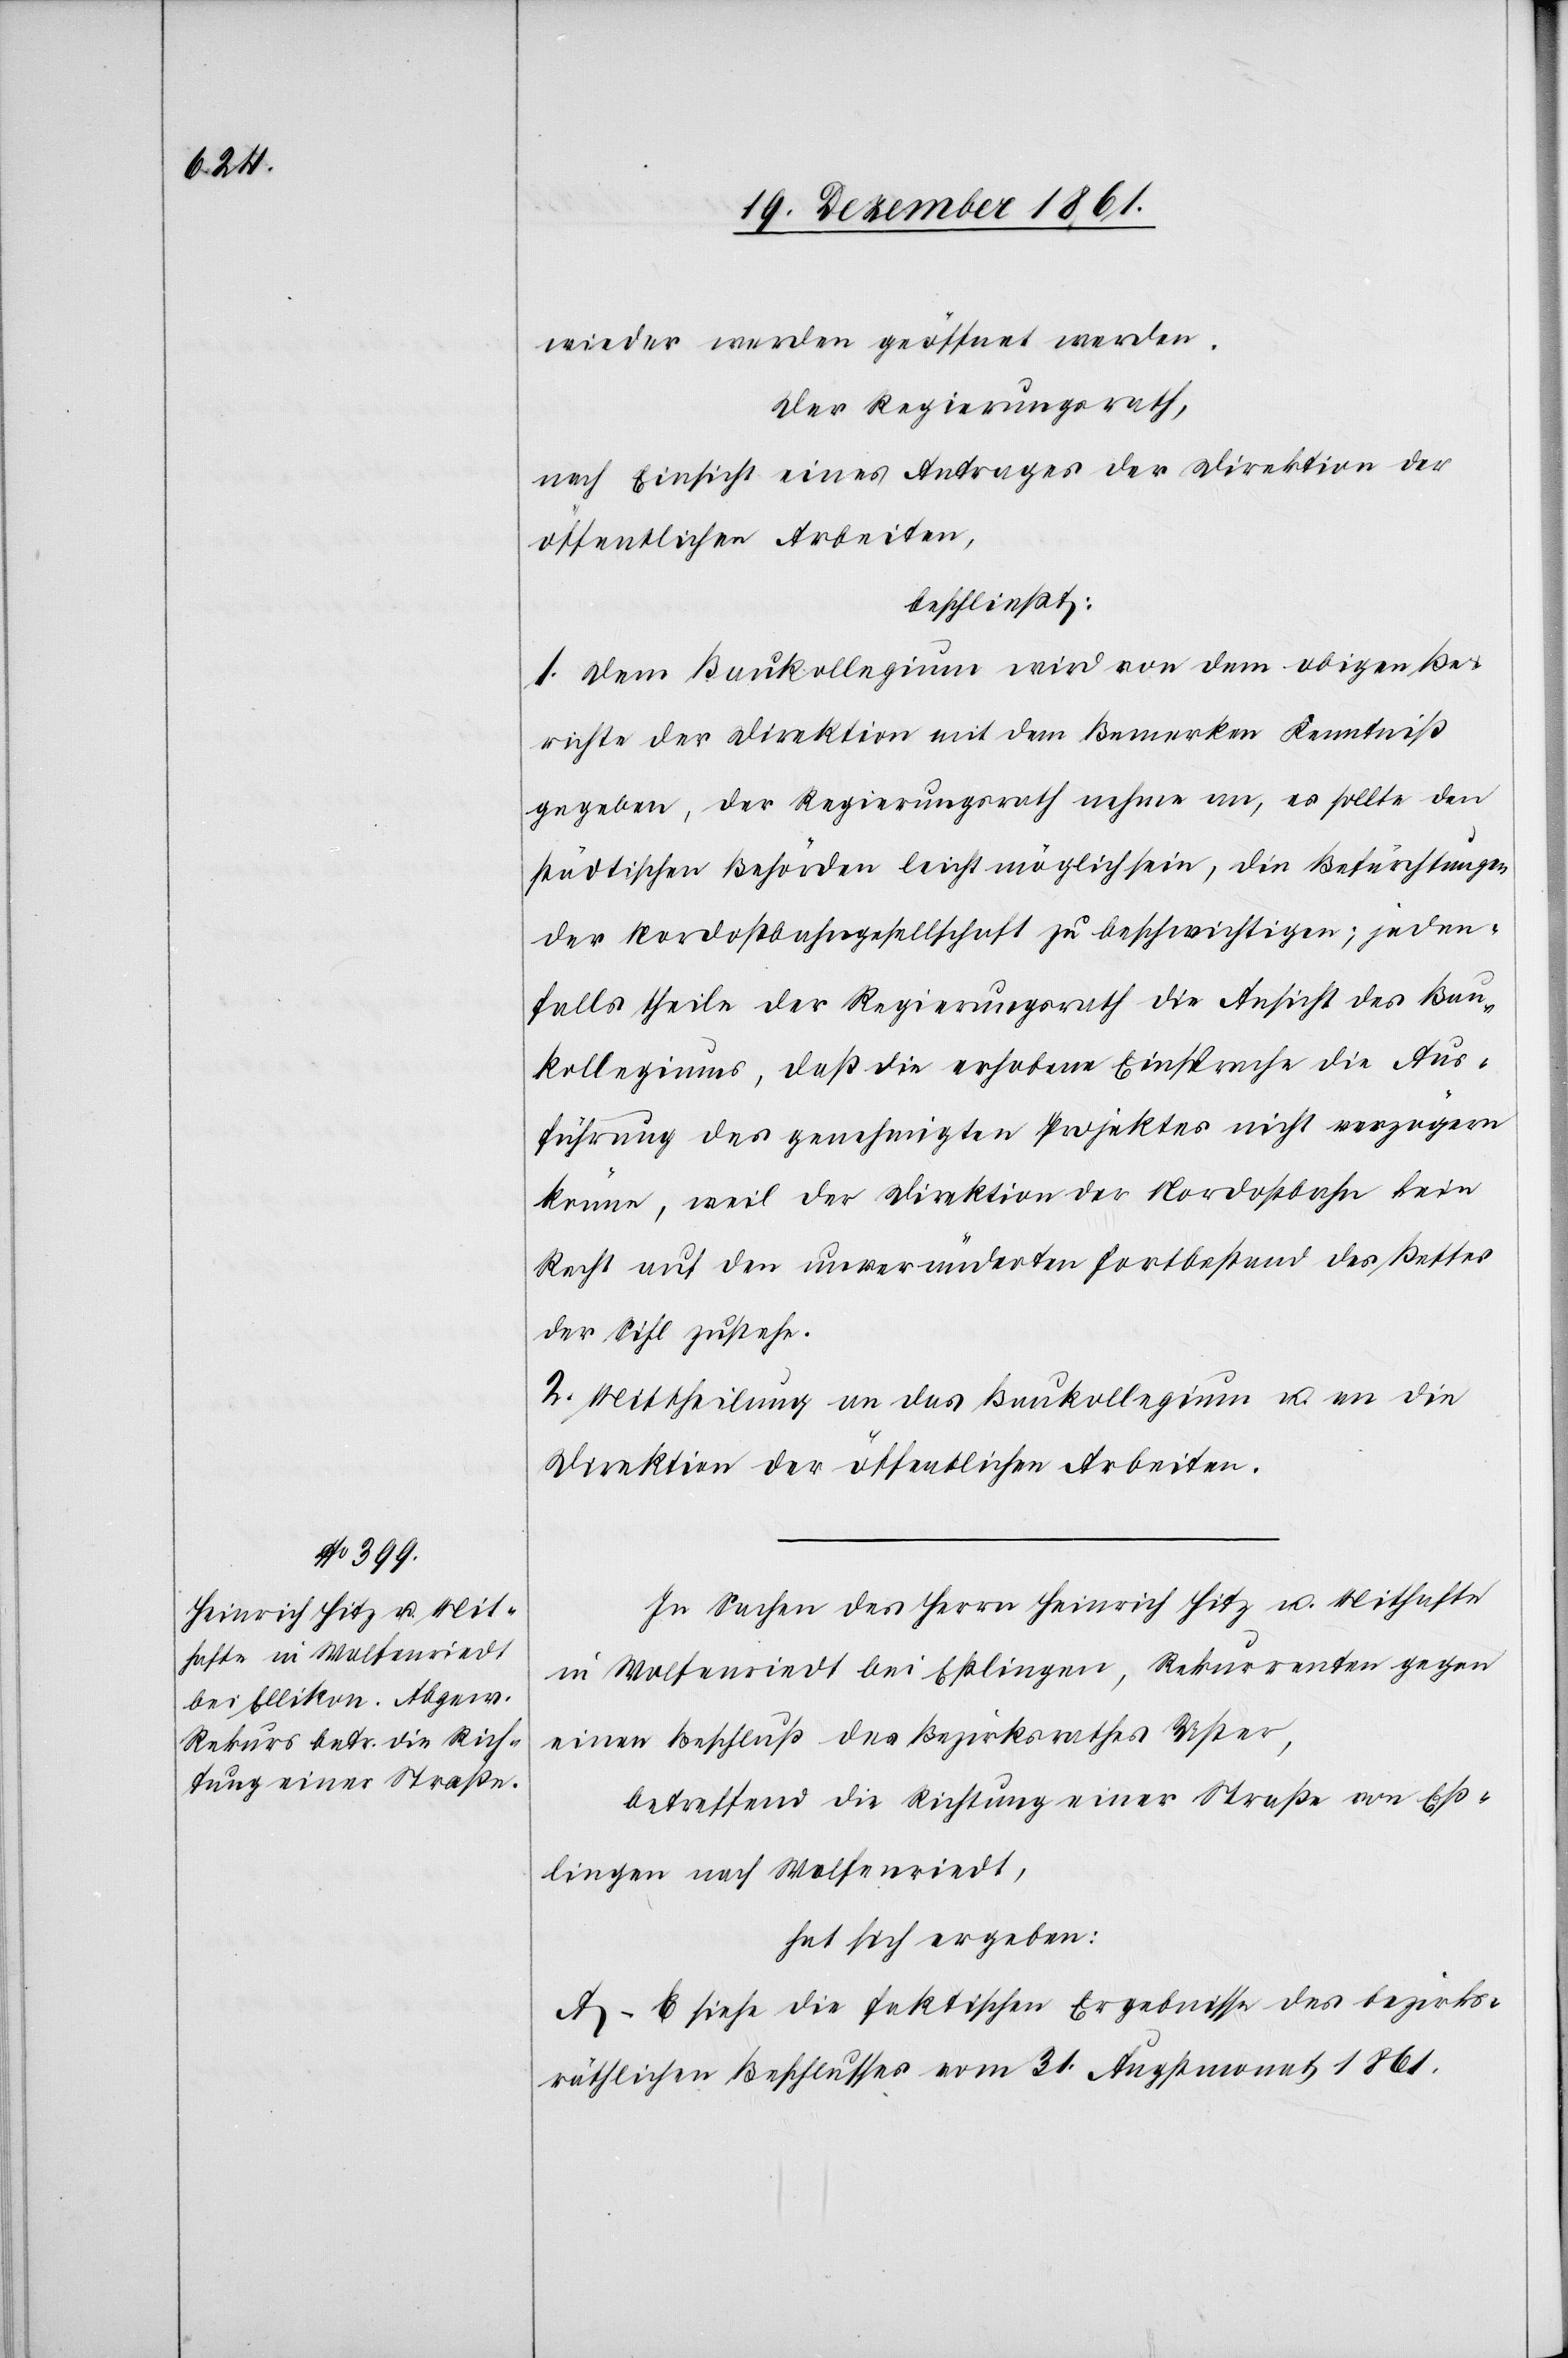
wieder werden geöffnet werden.
Der Regierungsrath,
nach Einsicht eines Antrages der Direktion der
öffentlichen Arbeiten,
beschließt:
1. Dem Baukollegium wird von dem obigen Be¬
richte der Direktion mit dem Bemerken Kenntniß
gegeben, der Regierungsrath nehme an, es sollte den
städtischen Behörden leicht möglich sein, die Befürchtungen
der Nordostbahngesellschaft zu beschwichtigen; jeden¬
falls theile der Regierungsrath die Ansicht des Bau¬
kollegiums, daß die erhobene Einsprache die Aus¬
führung des genehmigten Projektes nicht verzögern
könne, weil der Direktion der Nordostbahn kein
Recht auf den unveränderten Fortbestand des Bettes
der Sihl zustehe.
2. Mittheilung an das Baukollegium u. an die
Direktion der öffentlichen Arbeiten.
In Sachen des Herrn Heinrich Hitz u. Mithafte
in Wolfenriedt bei Eßlingen [sic!], Rekurrenten gegen
einen Beschluß des Bezirksrathes Uster,
betreffend die Richtung einer Straße von Eß¬
lingen nach Wolfenriedt,
hat sich ergeben:
A–E siehe die faktischen Ergebnisse des bezirks¬
räthlichen Beschlusses vom 31 Augstmonat 1861.